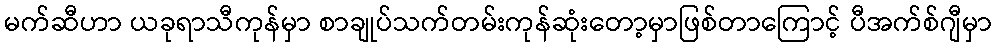
မက်ဆီဟာ ယခုရာသီကုန်မှာ စာချုပ်သက်တမ်းကုန်ဆုံးတော့မှာဖြစ်တာကြောင့် ပီအက်စ်ဂျီမှာ